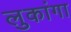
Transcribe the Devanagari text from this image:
लुकांगा